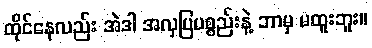
ထိုင်နေလည်း အဲဒါ အလှပြပစ္စည်းနဲ့ ဘာမှ မထူးဘူး။